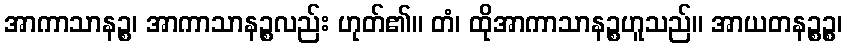
အာကာသာနဉ္စ၊ အာကာသာနဉ္စလည်း ဟုတ်၏။ တံ၊ ထိုအာကာသာနဉ္စဟူသည်။ အာယတနဉ္စဉ္စ၊